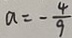
a = - \frac { 4 } { 9 }